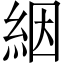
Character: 絪